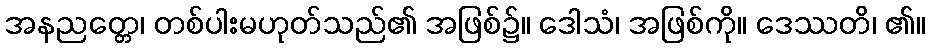
အနညတ္တေ၊ တစ်ပါးမဟုတ်သည်၏ အဖြစ်၌။ ဒေါသံ၊ အဖြစ်ကို။ ဒေဿတိ၊ ၏။